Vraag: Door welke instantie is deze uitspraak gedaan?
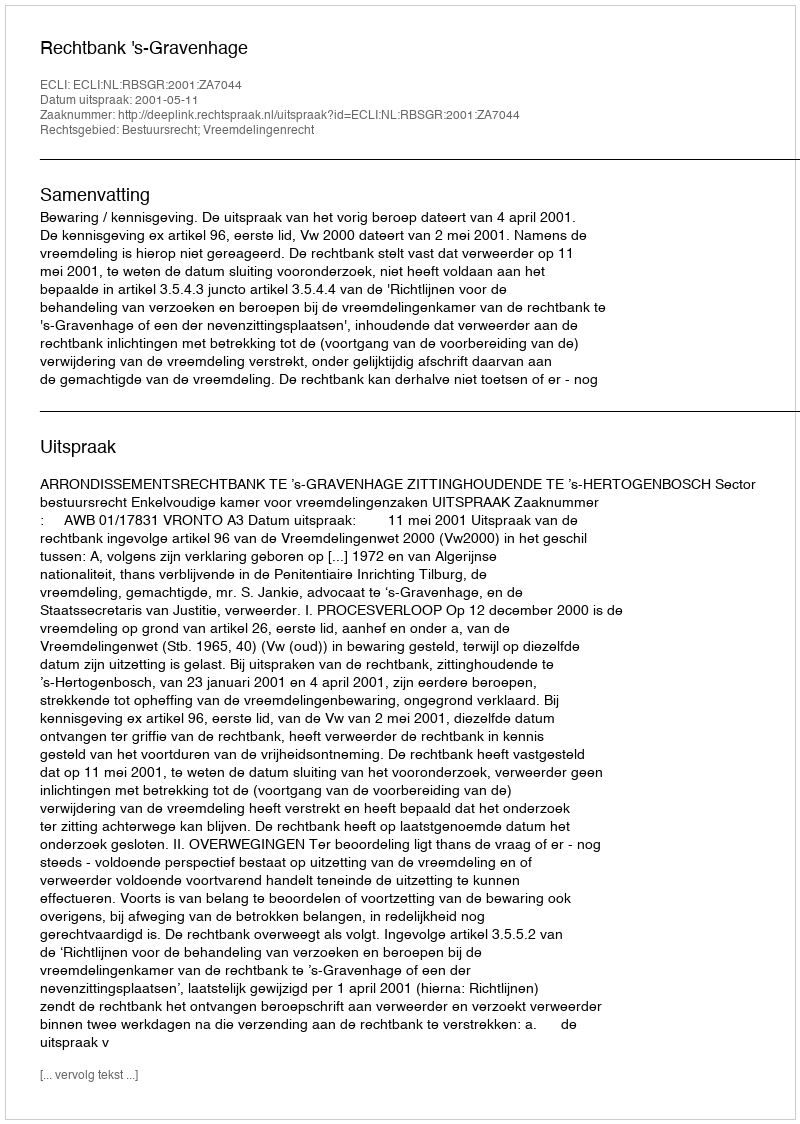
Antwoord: Rechtbank 's-Gravenhage